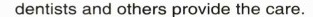
dentists and others provide the care.